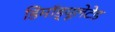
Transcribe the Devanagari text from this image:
डिमॉड्यूलेटेड